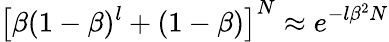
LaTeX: \left[\beta(1-\beta)^{l}+(1-\beta)\right]^{N}\approx e^{-l\beta^{2}N}